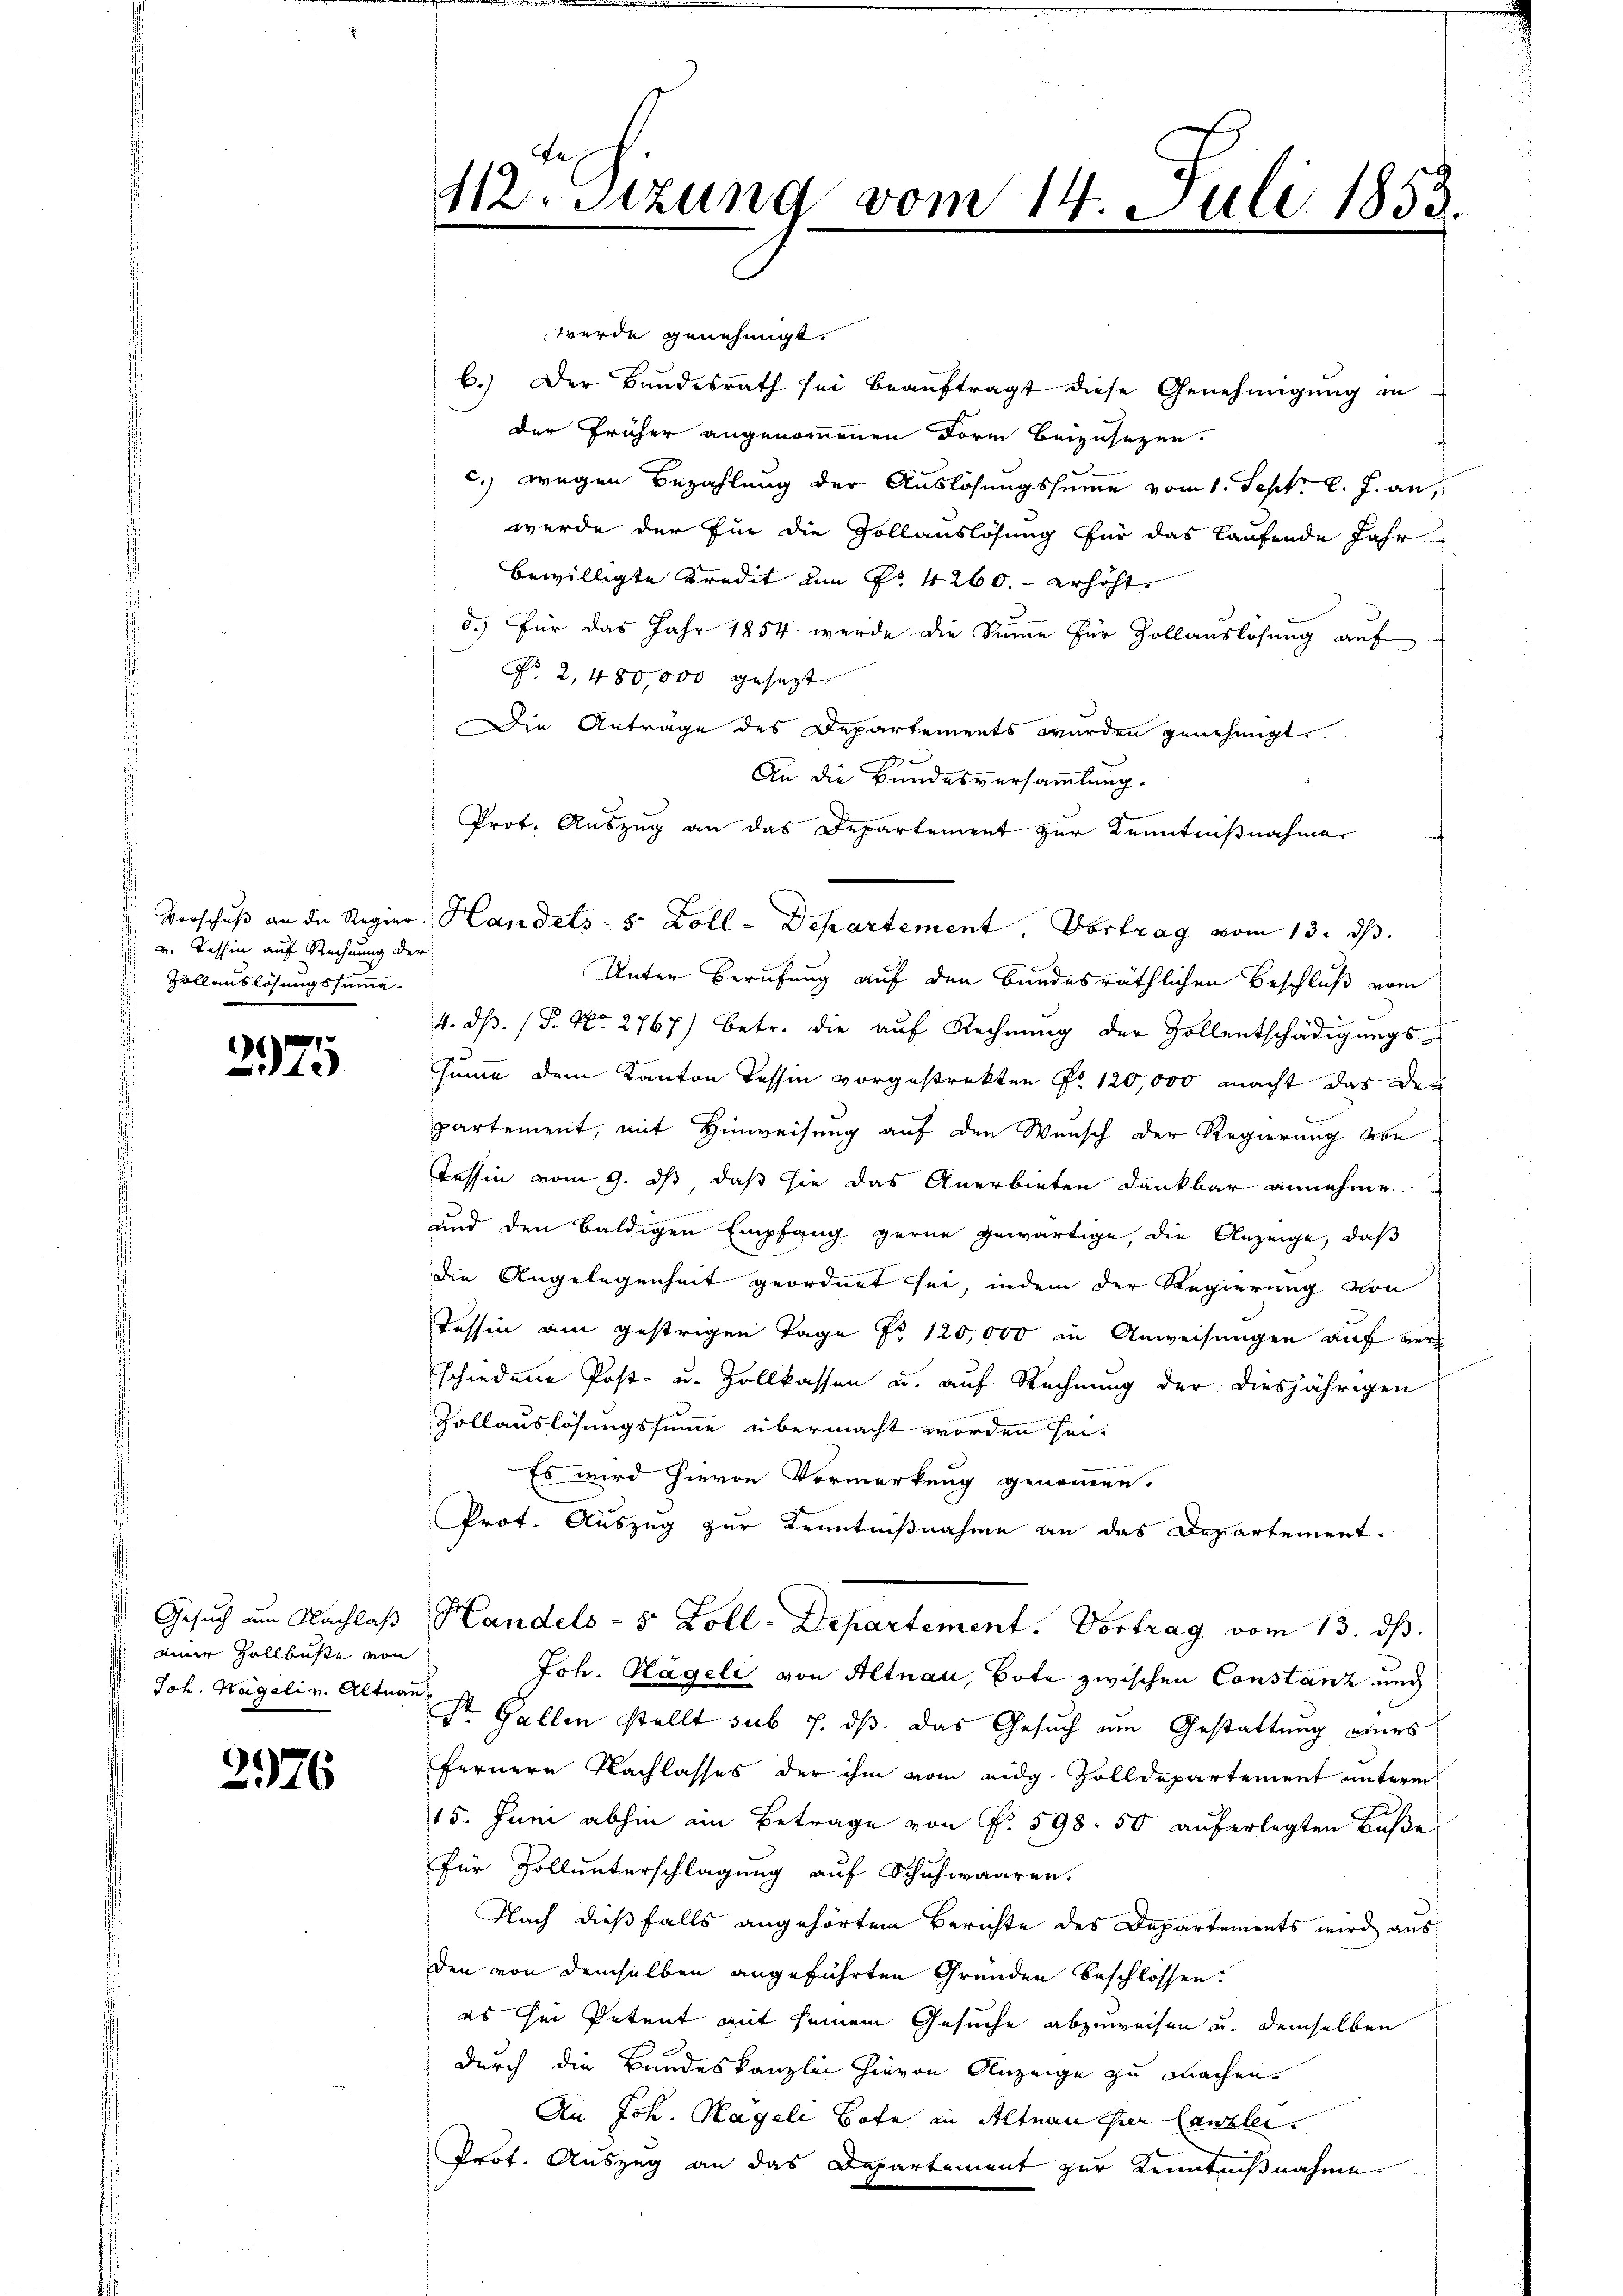
v. Tessin auf Rechnung der
Zollauslösungssumme.

.
2915

Gesuch am Nachlaß
einer Zollbüste von
Joh. Hegaliz. Altnau

276

112. Sitzung vom 14. Juli 1853.

werde genehmigt.
b.) Der Bundesrath sei beauftragt diese Genehmigung in
der früher angenommenen Form beizusetzen.
c.) wegen Bezahlung der Auslösungssumme vom 1. Sept. l. J. an,
werde der für die Zollauslösung für das laufende Jahr
bewilligte Kredit am Fr. 4200. erhöht
d.) Für das Jahr 1854 wurde die Sinne für Zollauslösung auf
Nr. 2, 480,000 gesezt
Die Anträge des Departements wurden genehmigt.
An die Bundesversammlung.
Prof. Auszug an das Departement zur Kenntnißnahmer
Unter Berufung auf den bundesräthlichen Beschluß vom
4. ds. (S. Nr. 2767) betr. die aŭf Rechnŭng der Zollentschädigungs-
hume dem Kanton Tessin vorgestrekten Fr. 120,000 macht das des
partement, mit Hinweisung auf den Wunsch der Regierung von
Tessin vom 9. dß daß sie das Anerbieten dankbar annehme
d
und den baldigen Empfang gerne gewärtige, die Anzeige, daß
die Angelegenheit geordnet sei, indem der Regierung von
Tessin am gestrigen Tage pr 120,000 in Anweisungen auf verschiedene Post- u. Zollkassen u. auf Rechnung der diesjährigen
Zollauslösungssumme übermacht worden hei¬
Es wird hievon Vormerkung genommen.
Prot. Auszug zur Kenntnißnahme an das Departement-
Handels- 5 Zoll-Departement. Vortrag vom 13. ds.
Joh. Hageli von Altnau, Bote zwischen Constanz und
Str. Gallen stellt sub 7. ds. das Gesuch am Gestattung eines
fernere Nachlasses der ihm vom eidg. Zolldepartement unterm
15. Juni abhin im Betrage von N. 598. 50 auferlegten Buße
für Zoll unterschlagung auf Schuhwaaren.
Nach dießfalls angehörtem Berichte des Departements wird aus
den von demselben angeführten Gründen beschlossen:
es her Petent mit seinem Gesuche abzuweisen u. demselben
durch die Bundeskanzlei hievon Anzeige zu machen.
An Joh. Hagele Bote in Altnau ihrer Canzlei.
Prot. Auszug an das Departement zur Kenntnißnahme.

Vorschuß an die Regier. Handels- & Zoll - Departement. Vortrag vom 13. ds.